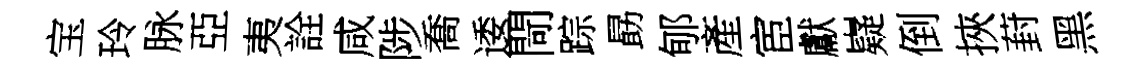
宝玲脉亞夷詮咸陟喬逶閜踪勗郇產宦獻嶷倒挾葑黑